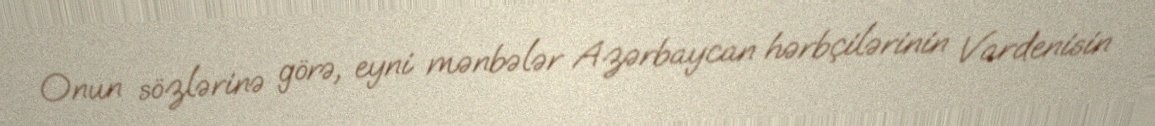
Onun sözlərinə görə, eyni mənbələr Azərbaycan hərbçilərinin Vardenisin